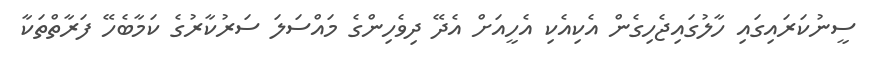
ސީނުކަރައިގައި ހާލުގައިޖެހިގެން އެކިއެކި އެހީއަށް އެދޭ ދިވެހިންގެ މައްސަލަ ސަރުކާރުގެ ކަމާބެހޭ ފަރާތްތަކާ